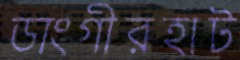
ডাংগীরহাট